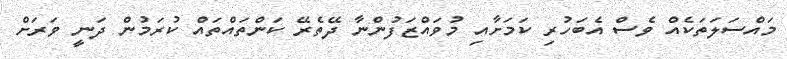
މައްސަލަތަކެއް ވެސް އެބަހުރި ކަމަށާއި މުވައްޒަފުންނާ ދޭތެރޭ ކަންތައްތައް ކުރަމުން ދަނީ ވަރަށް